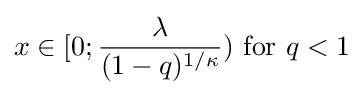
x\in [0;{\lambda  \over {(1-q)^{1/\kappa }}}){\text{ for }}q<1